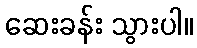
ဆေးခန်း သွားပါ။